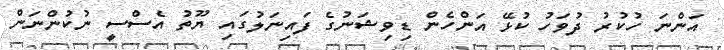
އަންނަ ހުކުރު ދުވަހު ކުޅޭ އަންހެން ޑިވިޝަނުގެ ފައިނަލުގައި ޔޫތު އެސްސީ ނުކުންނަން